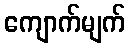
ကျောက်မျက်